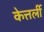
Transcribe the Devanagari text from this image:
केत्तर्ली